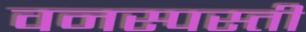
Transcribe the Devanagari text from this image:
वनस्पस्ती